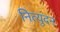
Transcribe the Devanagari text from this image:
नित्युंदन